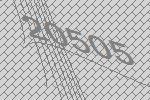
20505